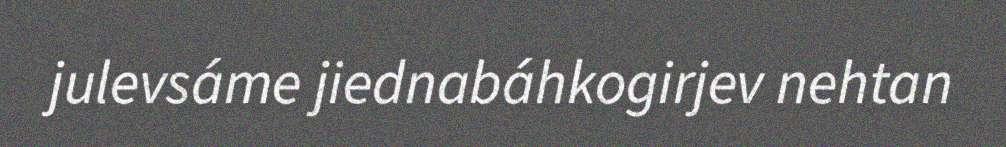
julevsáme jiednabáhkogirjev nehtan